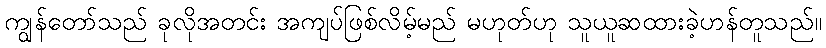
ကျွန်တော်သည် ခုလိုအတင်း အကျပ်ဖြစ်လိမ့်မည် မဟုတ်ဟု သူယူဆထားခဲ့ဟန်တူသည်။